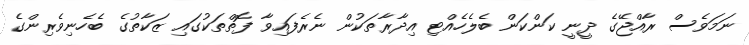
ނަމަވެސް ރާއްޖޭގެ ދީނީ ކަންކަން ބެލެހެއްޓި އިދާރާތަކުން ނެރެފައިވާ ފޮތްތަކުގައި ޒަކާތުގެ ބެހެނިވެރިންގެ